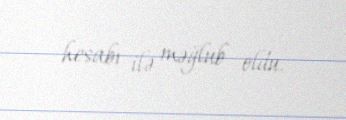
hesabı ilə məğlub oldu.